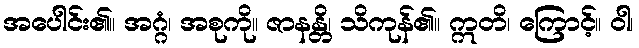
အပေါင်း၏။ အဂ္ဂံ၊ အစုကို။ ဇာနန္တိ၊ သိကုန်၏။ ဣတိ၊ ကြောင့်။ ဝါ၊